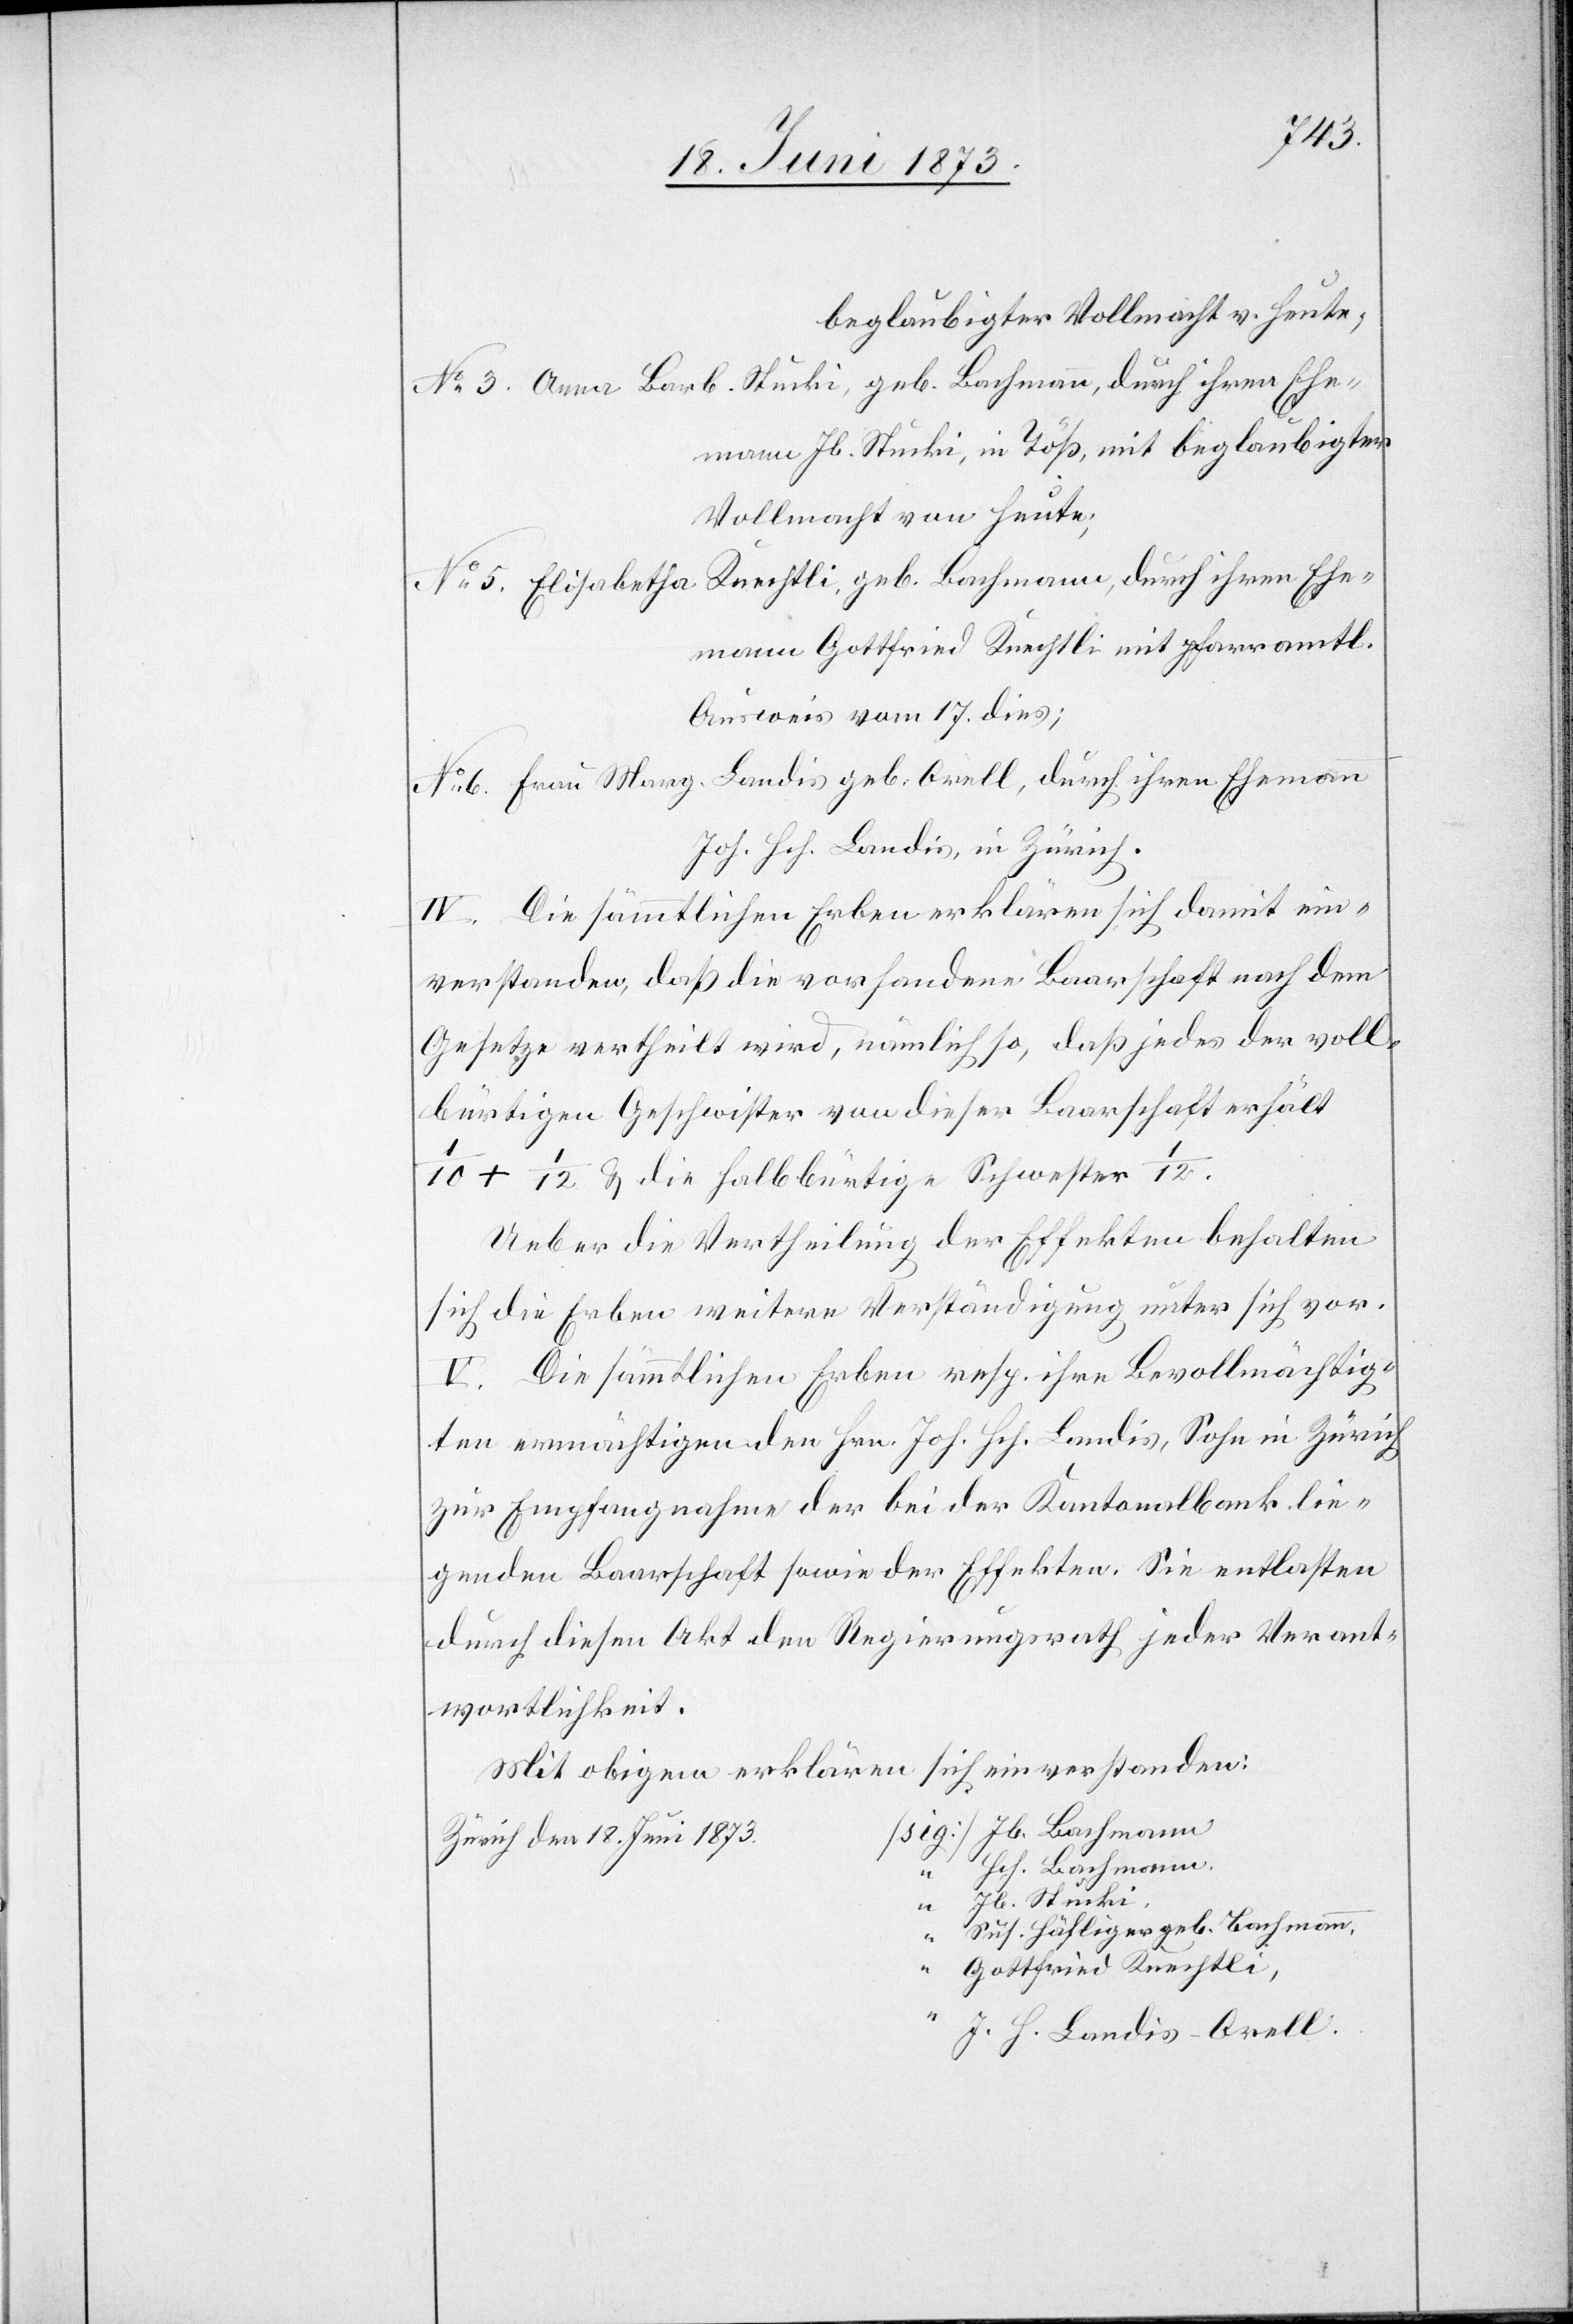
beglaubigter Vollmacht v. Heute;
No 3 Anna Barb. Stucki, geb. Bachmann, durch ihren Ehe¬
mann Jb. Stucki, in Töß, mit beglaubigter
Vollmacht von Heute;
No 5 Elisabetha Knechtli, geb. Bachmann, durch ihren Ehe¬
mann Gottfried Knechtli mit pfarramtl.
Ausweis vom 17. dies;
No 6 Frau Marg. Landis geb. Orell, durch ihren Ehemann
John. Hch. Landis, in Zürich.
IV. Die sämmtlichen Erben erklären sich damit ein¬
verstanden, daß die vorhandene Baarschaft nach dem
Gesetze vertheilt wird, nämlich so, daß jedes der voll¬
bürtigen Geschwister von dieser Baarschaft erhält
1/10 + 1/12 & die halbbürtige Schwester 1/12.
Ueber die Vertheilung der Effekten behalten
sich die Erben weitere Verständigung unter sich vor.
V. Die sämmtlichen Erben resp. ihre Bevollmächtig¬
ten ermächtigen den Hrn. Joh. Hch. Landis, Sohn in Zürich
zur Empfangnahme der bei der Kantonalbank lie¬
genden Baarschaft sowie der Effekten. Sie entlasten
durch diesen Akt den Regierungsrath jeder Verant¬
wortlichkeit.
Mit obigem erklären sich einverstanden:
ig] Jb. Bachmann
Zürich den 18. Juni 1873	[s¬
Hch. Bachmann.
“
Jb. Stucki,
“
Sus. Häfliger geb. Bachmann
“
Gottfried Knechtli,
J. H. Landis-Orell.